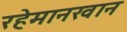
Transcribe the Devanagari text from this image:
रहेमानखान